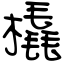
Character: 橇